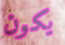
يكون